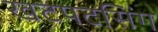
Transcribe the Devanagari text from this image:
खटपटसिंग